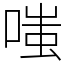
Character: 嗤